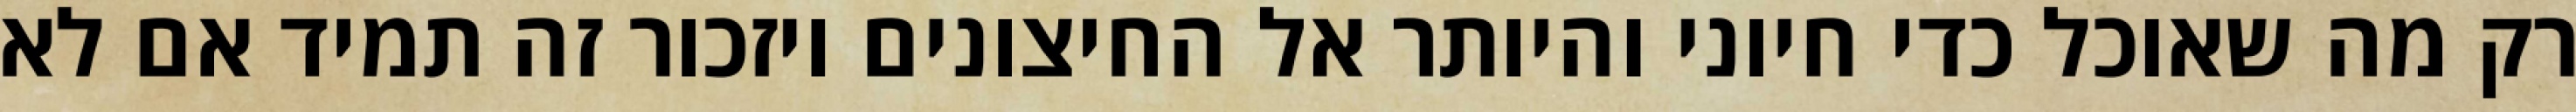
רק מה שאוכל כדי חיוני והיותר אל החיצונים ויזכור זה תמיד אם לא